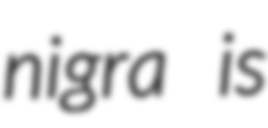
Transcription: nigra is